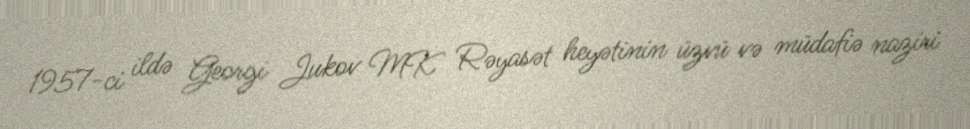
1957-ci ildə Georgi Jukov MK Rəyasət heyətinin üzvü və müdafiə naziri